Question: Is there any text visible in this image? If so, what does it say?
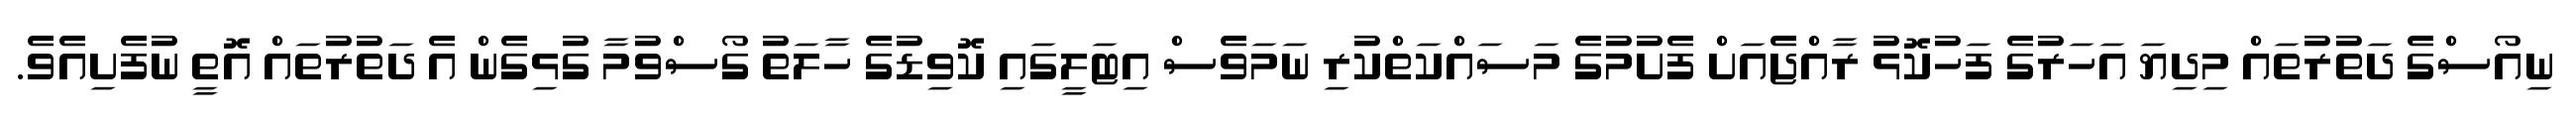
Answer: ނިއޯސްގެ ދަތުރުތައް މިދިޔަ އަހަރުގެ ފަހުކޮޅު ރާއްޖެއަށް ފެށުމުގެ މަސައްކަތްކުރި ނަމަވެސް އިޓަލީގައި ކޮވިޑުގެ ހާލަތު ގޯސްވުމާ ގުޅިގެން އެ ދަތުރުތައް އޮތީ ނުފެށިއެވެ.